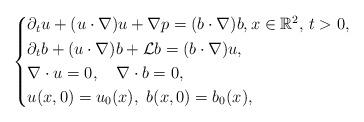
LaTeX: \begin{align*}\left\{\aligned&\partial_{t}u+(u\cdot\nabla)u+\nabla p=(b\cdot\nabla) b,x \in \mathbb{R}^{2},\, t>0,\\&\partial_{t}b+(u\cdot\nabla)b+\mathcal{L}b=(b\cdot\nabla)u,\\&\nabla\cdot u=0,\ \ \ \nabla\cdot b=0,\\&u(x,0)=u_{0}(x),\,\,b(x,0)=b_{0}(x),\endaligned \right.\end{align*}